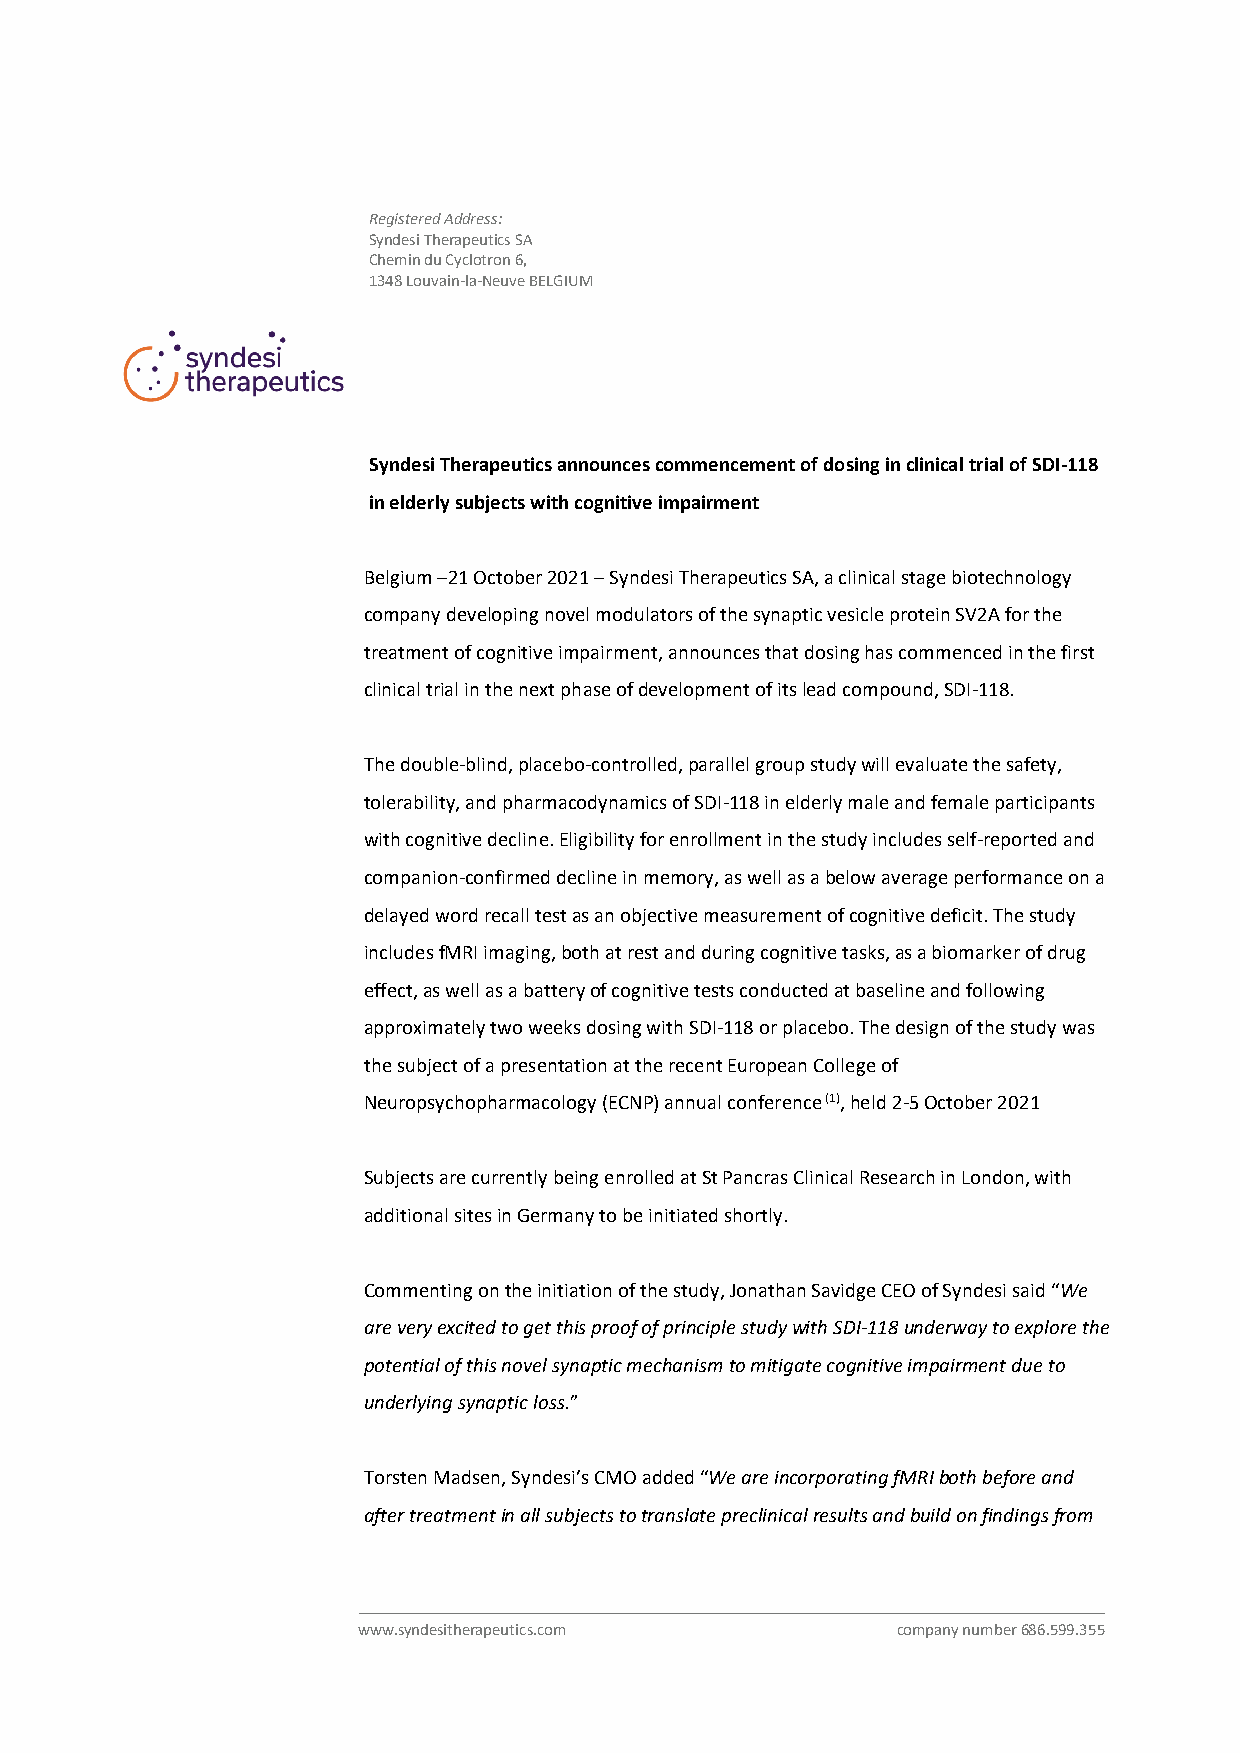
Registered Address:
 Syndesi Therapeutics SA
 Chemin du Cyclotron 6,
 1348 Louvain-la-Neuve BELGIUM
 Syndesi Therapeutics announces commencement of dosing in clinical trial of SDI-118
 in elderly subjects with cognitive impairment
 Belgium –21 October 2021 – Syndesi Therapeutics SA, a clinical stage biotechnology
 company developing novel modulators of the synaptic vesicle protein SV2A for the
 treatment of cognitive impairment, announces that dosing has commenced in the first
 clinical trial in the next phase of development of its lead compound, SDI-118.
 The double-blind, placebo-controlled, parallel group study will evaluate the safety,
 tolerability, and pharmacodynamics of SDI-118 in elderly male and female participants
 with cognitive decline. Eligibility for enrollment in the study includes self-reported and
 companion-confirmed decline in memory, as well as a below average performance on a
 delayed word recall test as an objective measurement of cognitive deficit. The study
 includes fMRI imaging, both at rest and during cognitive tasks, as a biomarker of drug
 effect, as well as a battery of cognitive tests conducted at baseline and following
 approximately two weeks dosing with SDI-118 or placebo. The design of the study was
 the subject of a presentation at the recent European College of
 Neuropsychopharmacology (ECNP) annual conference (1), held 2-5 October 2021
 Subjects are currently being enrolled at St Pancras Clinical Research in London, with
 additional sites in Germany to be initiated shortly.
 Commenting on the initiation of the study, Jonathan Savidge CEO of Syndesi said “We
 are very excited to get this proof of principle study with SDI-118 underway to explore the
 potential of this novel synaptic mechanism to mitigate cognitive impairment due to
 underlying synaptic loss.”
 Torsten Madsen, Syndesi’s CMO added “We are incorporating fMRI both before and
 after treatment in all subjects to translate preclinical results and build on findings from
 www.syndesitherapeutics.com        company number 686.599.355